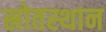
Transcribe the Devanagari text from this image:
स्रोतस्थान